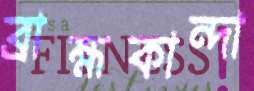
ব্রাহ্মকান্দা